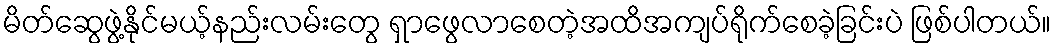
မိတ်ဆွေဖွဲ့နိုင်မယ့်နည်းလမ်းတွေ ရှာဖွေလာစေတဲ့အထိအကျပ်ရိုက်စေခဲ့ခြင်းပဲ ဖြစ်ပါတယ်။